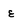
Character: e